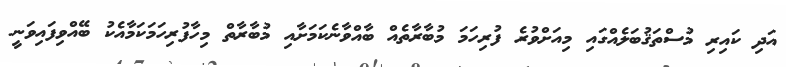
އަދި ކައިރި މުސްތަޤުބަލެއްގައި މިއަށްވުރެ ފުރިހަމަ މުބާރާތެއް ބާއްވާނެކަމަށާއި މުބާރާތް މިހާފުރިހަމަކަމާއެކު ބޭއްވިފައިވަނީ